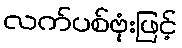
လက်ပစ်ဗုံးဖြင့်